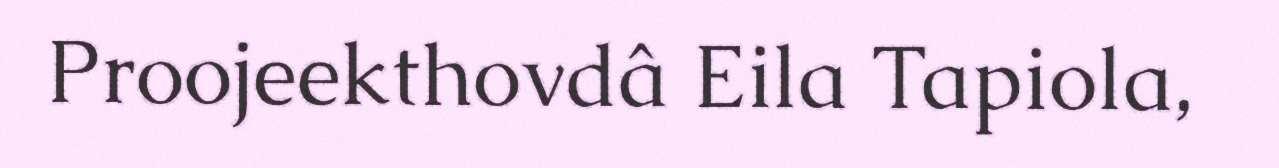
Proojeekthovdâ Eila Tapiola,